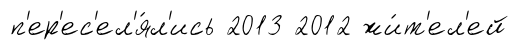
п'ер'ес'ел'я́л'ись 2013 2012 жи́т'ел'ей